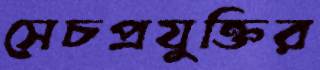
সেচপ্রযুক্তির